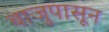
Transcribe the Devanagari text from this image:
बाजुपासून